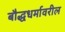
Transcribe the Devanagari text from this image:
बौद्धधर्मावरील